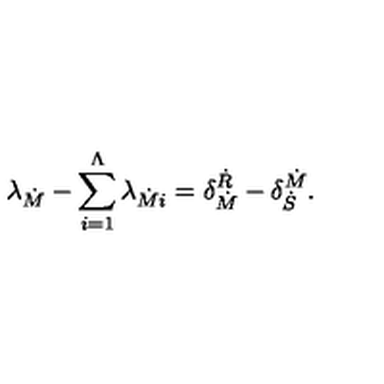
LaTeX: \lambda _ { \dot { M } } - \sum _ { i = 1 } ^ { \Lambda } \lambda _ { \dot { M } i } = \delta _ { \dot { M } } ^ { \dot { R } } - \delta _ { \dot { S } } ^ { \dot { M } } .